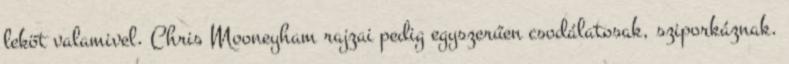
leköt valamivel. Chris Mooneyham rajzai pedig egyszerűen csodálatosak, sziporkáznak.